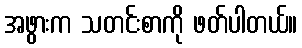
အဖွားက သတင်းစာကို ဖတ်ပါတယ်။